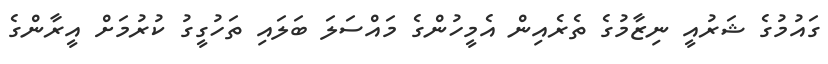
ގައުމުގެ ޝަރުއީ ނިޒާމުގެ ތެރެއިން އެމީހުންގެ މައްސަލަ ބަލައި ތަހުގީގު ކުރުމަށް އީރާންގެ